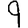
Digit: 9